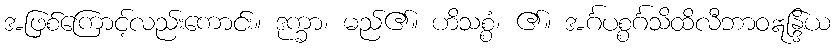
အဖြစ်ကြောင့်လည်းကောင်း။ ဒုက္ခာ၊ မည်၏။ ဟိသစ္စံ၊ ၏။ အင်္ဂပစ္စင်္ဂသိထိလီဘာဝဣန္ဒြိယ